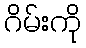
ဂိမ်းကို